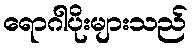
ရောဂါပိုးများသည်